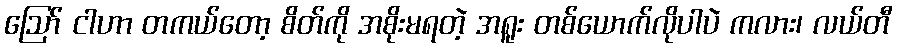
ဪ ငါဟာ တကယ်တော့ စိတ်ကို အစိုးမရတဲ့ အရူး တစ်ယောက်လိုပါပဲ ကလား၊ လယ်တီ